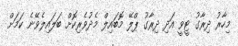
މިހާރު ދިރާގު ޓީވީ އަދި ދިރާގު ޕްލޭ މޮބައިލް މެދުވެރިކޮށް ބަލައިލެވޭނެ ކަމަށް